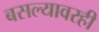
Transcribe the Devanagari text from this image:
बसल्यावरही